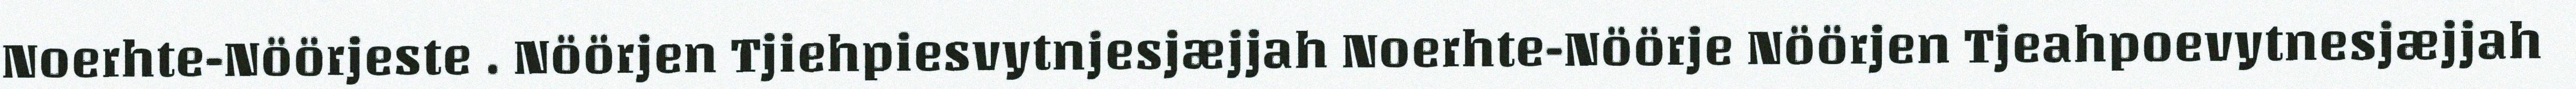
Noerhte-Nöörjeste . Nöörjen Tjiehpiesvytnjesjæjjah Noerhte-Nöörje Nöörjen Tjeahpoevytnesjæjjah